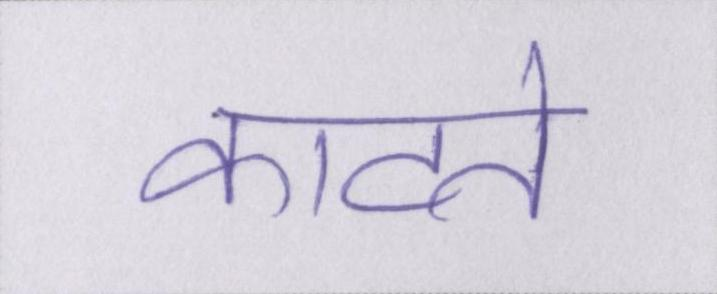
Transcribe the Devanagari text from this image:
काटते